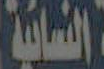
النسائية